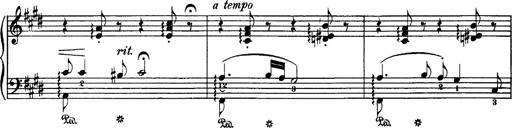
Title: Hungarian Rhapsody No.1
Composer: Franz Liszt
Key: C-sharp minor